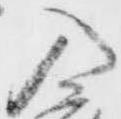
入